Report of the Municipal Commissioner on the plague in Bombay for the year ending 31st May... - Volume 1
Disease focus: Plague
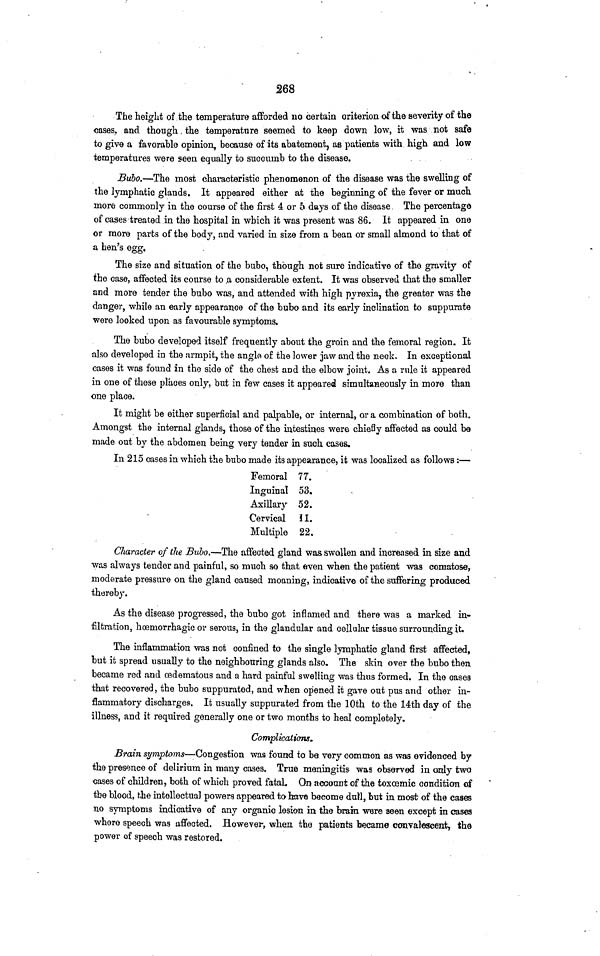
268
The height of the temperature afforded no certain criterion of the severity of the
cases, and though the temperature seemed to keep down low, it was not safe
to give a favorable opinion, because of its abatement, as patients with high and low
temperatures were seen equally to succumb to the disease.
Bubo.—The most characteristic phenomenon of the disease was the swelling of
the lymphatic glands. It appeared either at the beginning of the fever or much
more commonly in the course of the first 4 or 5 days of the disease. The percentage
of cases treated in the hospital in which it was present was 86. It appeared in one
or more parts of the body, and varied in size from a bean or small almond to that of
a hen's egg,
The size and situation of the bubo, though not sure indicative of the gravity of
the case, affected its course to .a considerable extent. It was observed that the smaller
and more tender the bubo was, and attended with high pyrexia, the greater was the
danger, while an early appearance of the bubo and its early inclination to suppurate
were looked upon as favourable symptoms.
The bubo developed itself frequently about the groin and the femoral region. It
also developed in the armpit, the angle of the lower jaw and the neck. In exceptional
cases it was found in the side of the chest and the elbow joint. As a rule it appeared
in one of these places only, but in few cases it appeared simultaneously in more than
one place.
It might be either superficial and palpable, or internal, or a combination of both.
Amongst the internal glands, those of the intestines were chiefly affected as could be
made out by the abdomen being very tender in such, cases.
In 215 cases in which the bubo made its appearance, it was localized as follows:—
Femoral
Inguinal
Axillary
Cervical
Multiple
77
53
52.
II.
22.
Character of the Bubo.—The affected gland was swollen and increased in size and
was always tender and painful, so much so that even when the patient was comatose,
moderate pressure on the gland caused moaning, indicative of the suffering produced
thereby.
As the disease progressed, the bubo got inflamed and there was a marked in-
filtration, hœmorrhagic or serous, in the glandular and cellular tissue surrounding it.
The inflammation was not confined to the single lymphatic gland first affected,
but it spread usually to the neighbouring glands also. The skin over the bubo then
became red and œdematous and a hard painful swelling was thus formed. In the cases
that recovered, the bubo suppurated, and when opened it gave out pus and other in-
flammatory discharges. It usually suppurated from the 10th to the 14th day of the
illness, and it required generally one or two months to heal completely.
Complications.
Brain symptoms—Congestion was found to be very common as was evidenced by
the presence of delirium in many cases. True meningitis was observed in only two
cases of children, both of which proved fatal. On account of the toxœmic condition of
the blood, the intellectual powers appeared to have become dull, but in most of the cases
no symptoms indicative of any organic lesion in the brain were seen except in cases
where speech was affected. However, when the patients became convalescent., the
power of speech was restored.